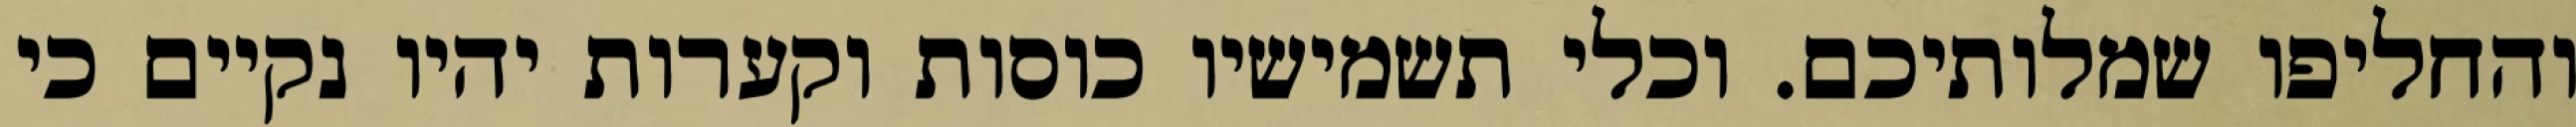
והחליפו שמלותיכם. וכלי תשמישיו כוסות וקערות יהיו נקיים כי